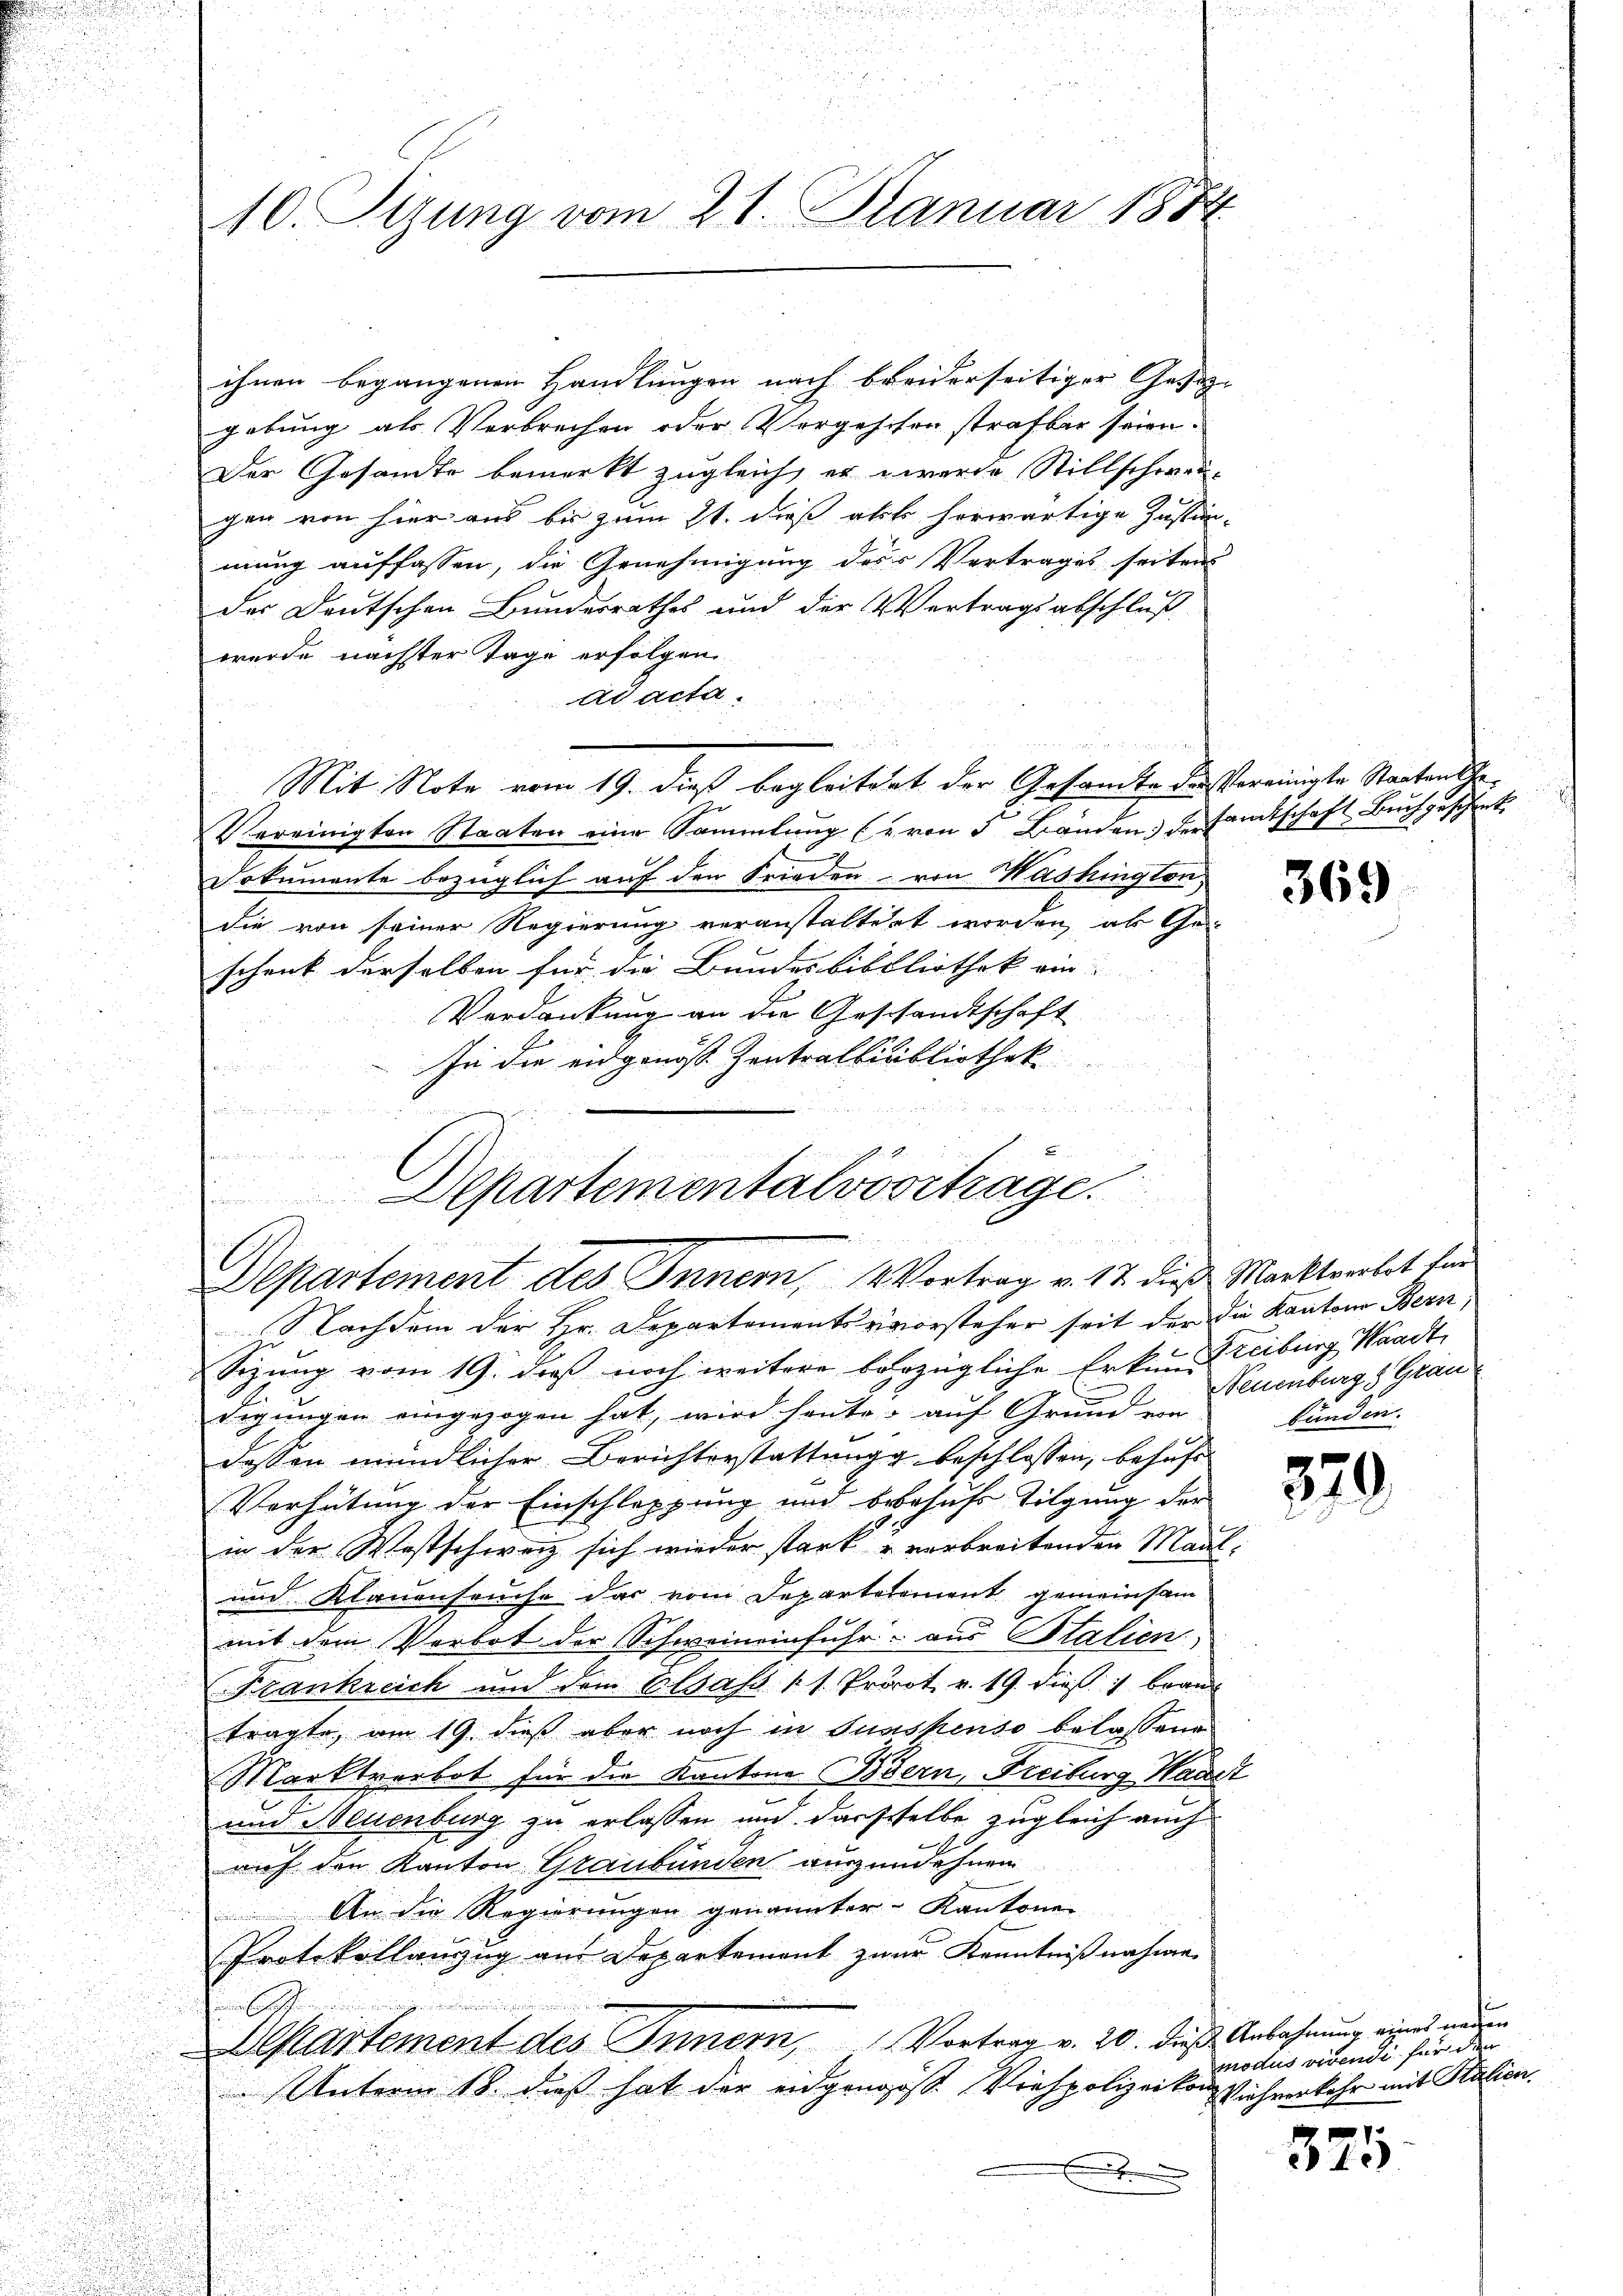
10. Sizung vom 21. Januar 1884

ihnen begangenen Handlungen nach breiderseitiger Gesetz-
gebung als Verbrechen oder Vergeschen strafbar seien.
Der Gesandte bemerkt zugleich, er werde Stillschwer-
gen von hier aus bis zum 21. dieß abt herwärtige Justim-
mung auffassen, die Genehmigung des Vertrages seiten
des Deutschen Bundesrathes und der Vertragsabschluß
wurde nächster Tage erfolgen.
ad acta.
Mit Note vom 19. dieß begleitent der Gesandte des Vereinigte Staatensto¬
Vereinigten Staaten eine Sammlung (von 5 Bänden Versandtschaft Buch geschert.
Dokumente bezüglich auf den Frieden von Washington,
die von seiner Regierung veranstaltert worden, ab Geschenk derselben für die Bundesbibliothek ein. |
Verdankung an die Geschandtschaft
In die eidgenoss Zentralbibliothek
e
g
 . S
d

emer
x
Departementalvortrage.
 800
Departement des Innern, Vortrag v. 17. dieß Marktoralit für
Nachdem der Hr. Departementsvorsteher seit der die Kantone Bern,

Sizung vom 19. dieß noch weitere berzügliche Erkun-Freiburg Waadt,

digungen eingezogen hat, wird heute, auf Grund von
u
dessen mündlicher Berichterstattungg beschlossen, behufs
Verhütung der Einschleppung und bebahnss Tilgung der
in der Westschweiz sich wieder stark u verbreitenden Maul-
u
und Klauenseuche das vom Departalement gemeinsam
s
d
mit dem Verbot der Schweineinfuhr aus Italien
Frankreich und dem Elsass (1. Provot. v. 19. dieß brau
tragte, am 19. dieß aber noch in Sunspenso belassene
Marktverbot für die Kantone Bern, Freiburg Waadt
und Alumnburg zu erlassen und dasselbe zugleich auch
auf den Kanton Graubünden auszudehnen
An die Regierungen genannter Kantone
Protokollanzug am Departement zwar Kenntnißnahme
n
Alkartement des Innern, Vortrag v. 20. dies Anbahnung eines neuen
Unterm 18. dieß hat der eidgangoss. Verspolizeiton Viehverkehr mit Kalien.
x
u

369

u
t.
Neuenburg, Grau
bunden.

379

modus vidende für den

375